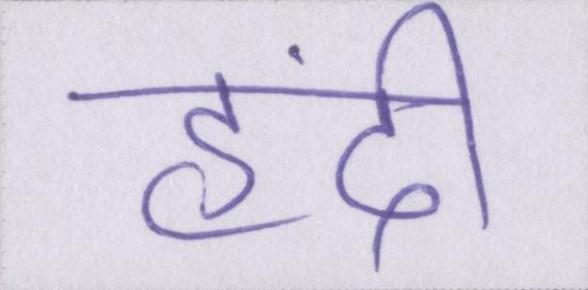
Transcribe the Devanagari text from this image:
हिंदी